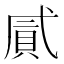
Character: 𢎐